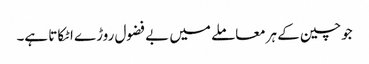
جوچین کے ہرمعاملے میں بے فضول روڑے اٹکاتا ہے۔